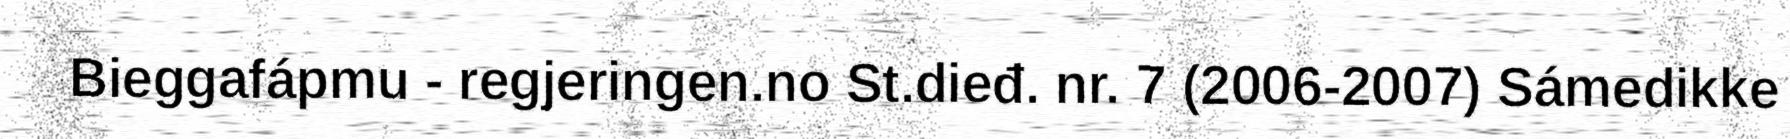
Bieggafápmu - regjeringen.no St.dieđ. nr. 7 (2006-2007) Sámedikke